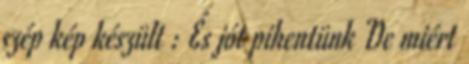
szép kép készült : És jót pihentünk De miért